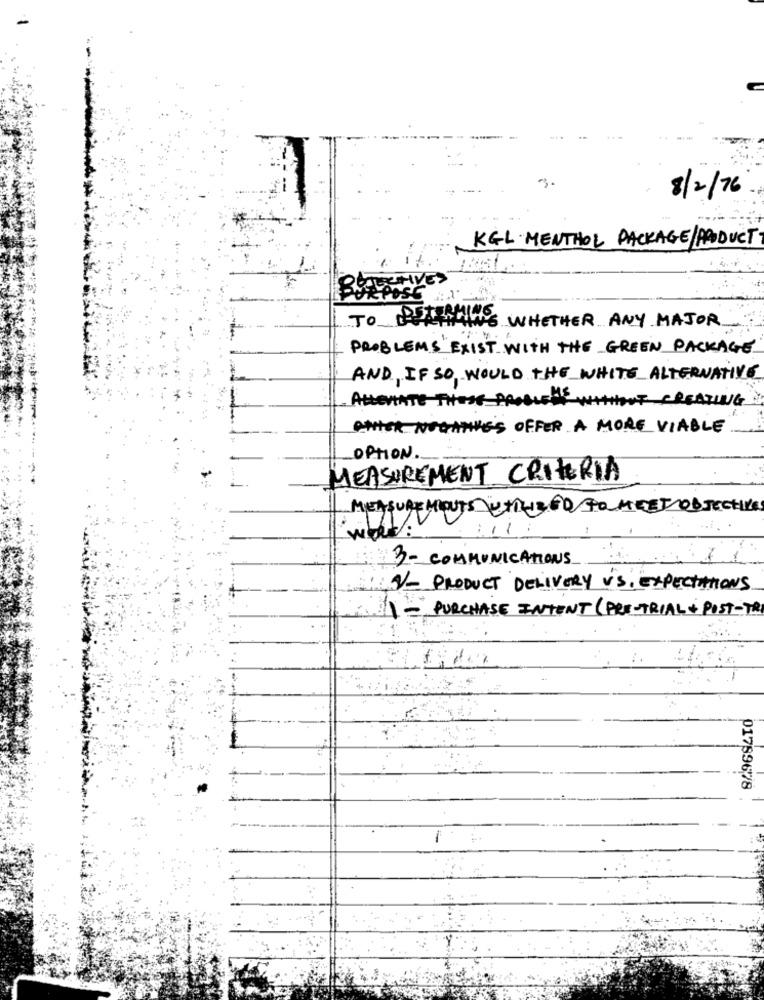
--
8/2/76
KGL MENTHOL PACKAGE/PRODUCT
ORPOSE
TO
BILLING WHETHER ANY MAJOR
PROBLEMS"EXIST WITH THE GREEN PACKAGE
AND IF SO WOULD THE WHITE ALTERNATIVE
ALLEVIATE THOSE_PROBLEMS
NG
NOGATHE OFFER A MORE VIABLE
OPTION.
MEASUREMENT CRITERIA
MEASURE MIOUTS UTILIZED POL MEET OBJECTIVE
11
3- COMMUNICATIONS
V/- PRODUCT DELIVERY VS. EXPECTATIONS
-PURCHASE INTENT (PRE-TRIAL + POST-TRI
01789678